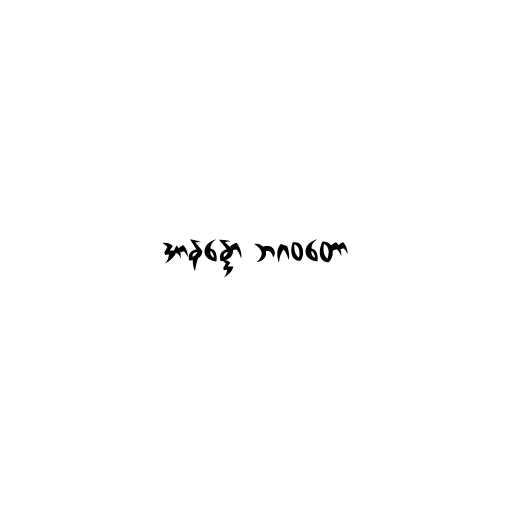
အာနန္ဒော ဘဂဝတော